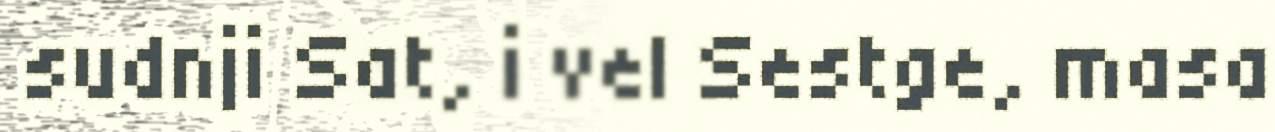
sudnji Sat, i vel Sestge, masa